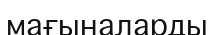
мағыналарды